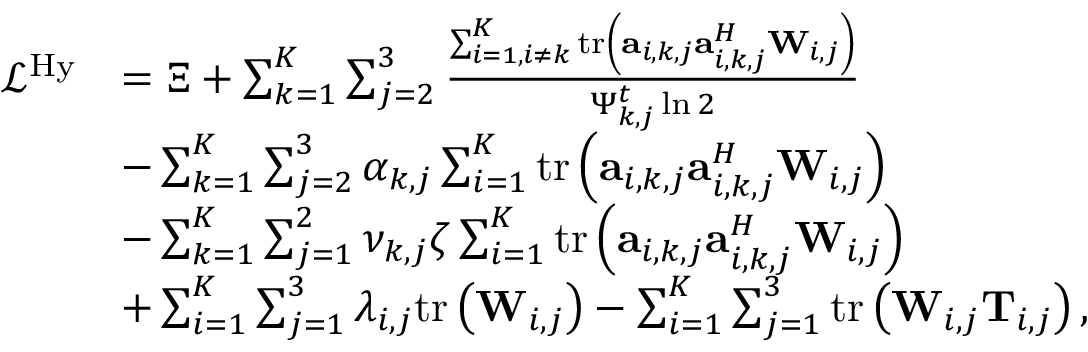
\begin{array} { r l } { \mathcal L ^ { \mathrm { H y } } } & { = \Xi + \sum _ { k = 1 } ^ { K } \sum _ { j = 2 } ^ { 3 } \frac { \sum _ { i = 1 , i \neq k } ^ { K } \mathrm { t r } \left( \mathbf a _ { i , k , j } \mathbf a _ { i , k , j } ^ { H } \mathbf W _ { i , j } \right) } { \Psi _ { k , j } ^ { t } \ln 2 } } \\ & { - \sum _ { k = 1 } ^ { K } \sum _ { j = 2 } ^ { 3 } \alpha _ { k , j } \sum _ { i = 1 } ^ { K } \mathrm { t r } \left( \mathbf a _ { i , k , j } \mathbf a _ { i , k , j } ^ { H } \mathbf W _ { i , j } \right) } \\ & { - \sum _ { k = 1 } ^ { K } \sum _ { j = 1 } ^ { 2 } \nu _ { k , j } \zeta \sum _ { i = 1 } ^ { K } \mathrm { t r } \left( \mathbf a _ { i , k , j } \mathbf a _ { i , k , j } ^ { H } \mathbf W _ { i , j } \right) } \\ & { + \sum _ { i = 1 } ^ { K } \sum _ { j = 1 } ^ { 3 } \lambda _ { i , j } \mathrm { t r } \left( \mathbf W _ { i , j } \right) - \sum _ { i = 1 } ^ { K } \sum _ { j = 1 } ^ { 3 } \mathrm { t r } \left( \mathbf W _ { i , j } \mathbf T _ { i , j } \right) , } \end{array}